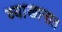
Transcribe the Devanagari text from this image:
व्याखानात